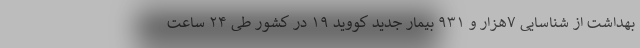
بهداشت از شناسایی ۷هزار و ۹۳۱ بیمار جدید کووید ۱۹ در کشور طی ۲۴ ساعت